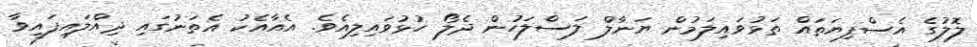
ލޮލުގެ އެސްފިޔަތައް ތަޅުވައިލަމުން ޔަނާލް ލަސްލަހުން ދެލޯ ހުޅުވައިލިއެވެ. އެއާއެކު އެތަނުގައި ދިއްލައިފައިވާ